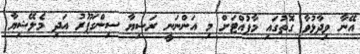
އޭނާ ވިދާޅުވާ ގޮތުގައި މާފުއްޓަށް މި އަންނަނީ ރަޝިޔާ ސިންގަޕޫރު އަދި މެލޭޝިޔާ